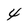
Character: 4